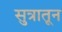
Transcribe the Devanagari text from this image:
सुत्रातून